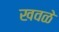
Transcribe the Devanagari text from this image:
खवळे